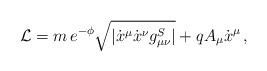
LaTeX: \begin{align*}{\cal L}= m \, e^{-\phi} \sqrt{| \dot{x}^{\mu} \dot{x}^{\nu} g_{\mu\nu}^{S} | } +q A_{\mu} \dot{x}^{\mu} \, ,\end{align*}